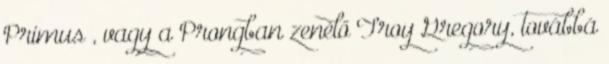
Primus , vagy a Prongban zenélő Troy Gregory, továbbá